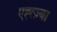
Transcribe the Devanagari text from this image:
एह्त्ज़्बा